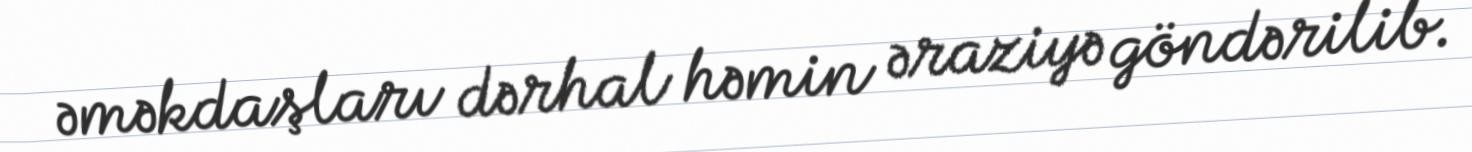
əməkdaşları dərhal həmin əraziyə göndərilib.